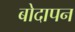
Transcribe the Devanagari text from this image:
बोदापन